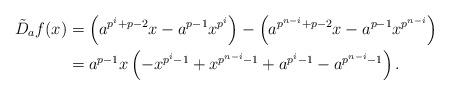
LaTeX: \begin{align*}\tilde{D}_a f (x) &= \left( a^{p^{i} + p-2} x - a^{p-1} x^{p^i} \right) - \left( a^{p^{n-i} + p-2} x - a^{p-1} x^{p^{n-i}} \right) \\&= a^{p-1} x \left( - x^{p^i - 1} + x^{p^{n-i}-1} + a^{p^i - 1} - a^{p^{n-i}-1} \right). \end{align*}